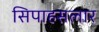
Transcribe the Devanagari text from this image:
सिपाहसलार